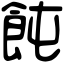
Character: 飩